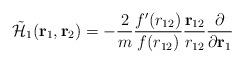
LaTeX: \begin{align*}\tilde{\cal H}_1({\bf r}_1, {\bf r}_2) = -\frac{2}{m}\frac{f'(r_{12})}{f(r_{12})}\frac{{\bf r}_{12}}{r_{12}}\frac{\partial}{\partial{\bf r}_1}\end{align*}